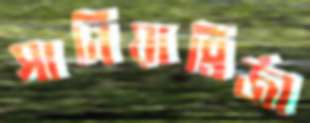
সানিয়ামির্জা